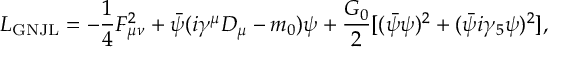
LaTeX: { \cal L } _ { \mathrm { G N J L } } = - { \frac { 1 } { 4 } } F _ { \mu \nu } ^ { 2 } + \bar { \psi } ( i \gamma ^ { \mu } D _ { \mu } - m _ { 0 } ) \psi + { \frac { G _ { 0 } } { 2 } } [ ( \bar { \psi } \psi ) ^ { 2 } + ( \bar { \psi } i \gamma _ { 5 } \psi ) ^ { 2 } ] ,